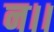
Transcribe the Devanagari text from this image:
न।।